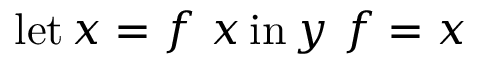
\operatorname { l e t } x = f \ x \operatorname { i n } y \ f = x